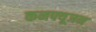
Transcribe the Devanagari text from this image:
कनफ्यूजन